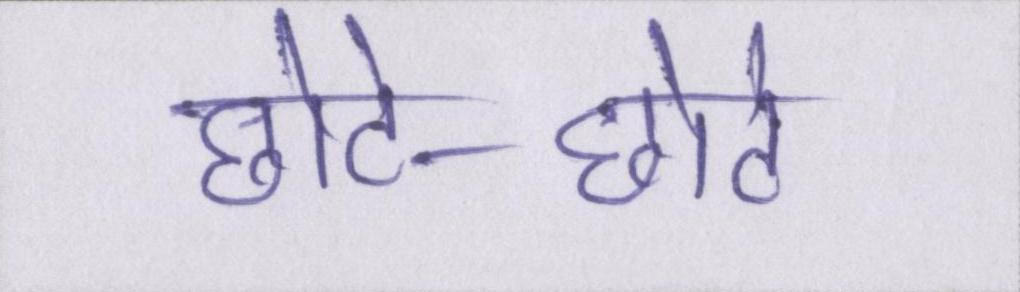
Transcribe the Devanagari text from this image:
छोटे-छोटे